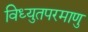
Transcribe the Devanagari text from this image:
विध्युतपरमाणु